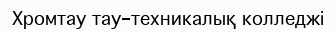
Хромтау тау-техникалық колледжі